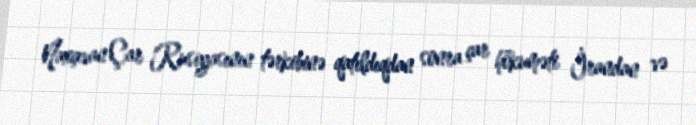
Naxçıvan Çar Rusiyasının tərkibinə qatıldıqdan sonra çar hökuməti İrandan və